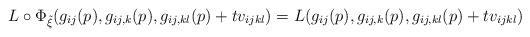
LaTeX: \begin{align*}L \circ \Phi_{\tilde{\xi}}(g_{ij}(p),g_{ij,k}(p),g_{ij,kl}(p)+tv_{ijkl})=L(g_{ij}(p),g_{ij,k}(p),g_{ij,kl}(p)+tv_{ijkl})\end{align*}